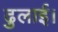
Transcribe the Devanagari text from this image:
ढुलाई।